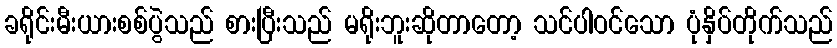
ခရိုင်းမီးယားစစ်ပွဲသည် စားပြီးသည် မရိုးဘူးဆိုတာတော့ သင်ပါဝင်သော ပုံနှိပ်တိုက်သည်